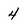
Character: 4